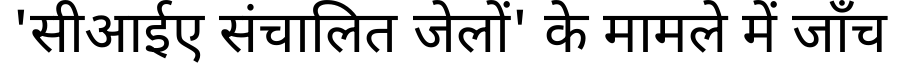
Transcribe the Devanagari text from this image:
'सीआईए संचालित जेलों' के मामले में जाँच